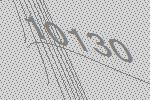
10130